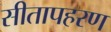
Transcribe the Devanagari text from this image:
सीतापहरण